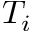
T _ { i }